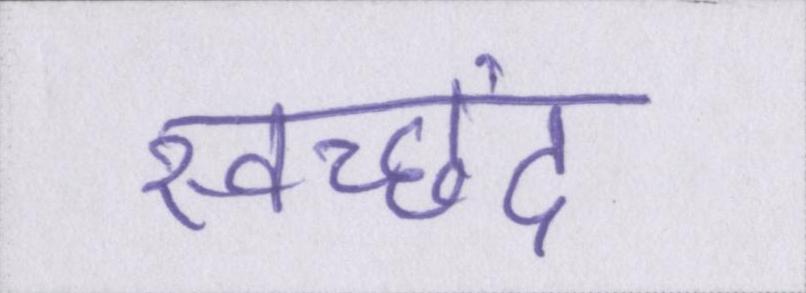
स्वच्छंद